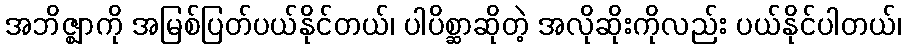
အဘိဇ္ဈာကို အမြစ်ပြတ်ပယ်နိုင်တယ်၊ ပါပိစ္ဆာဆိုတဲ့ အလိုဆိုးကိုလည်း ပယ်နိုင်ပါတယ်၊